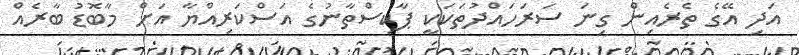
އަދި އޭގެ ތެރެއިން ގިނަ ސަރަހައްދުތަކަކީ ޕާކިސްތާނުގެ އަސްކަރިއްޔާ އަށް މާބޮޑު ބާރެއް